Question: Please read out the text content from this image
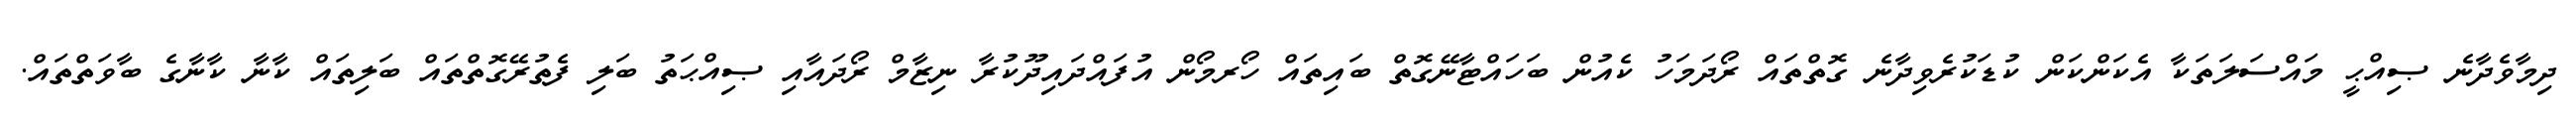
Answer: ދިމާވެދާނެ ޞިއްޙީ މައްސަލަތަކާ އެކަންކަން ކުޑަކުރެވިދާނެ ގޮތްތައް ރޯދަމަހު ކެއުން ބަހައްޓާނޭގޮތް ބައިތައް ހޯރމޯން އުފައްދައިދޫކުރާ ނިޒާމް ރޯދައާއި ޞިއްޙަތު ބަލި ފެތުރޭގޮތްތައް ބަލިތައް ކާނާ ކާނާގެ ބާވަތްތައް.